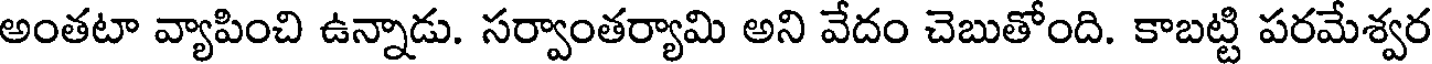
అంతటా వ్యాపించి ఉన్నాడు. సర్వాంతర్యామి అని వేదం చెబుతోంది. కాబట్టి పరమేశ్వర